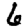
Digit: 6